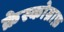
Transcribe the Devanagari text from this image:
क्रेस्कोग्राफ़